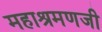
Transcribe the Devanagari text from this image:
महाश्रमणजी